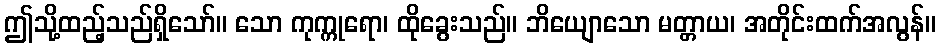
ဤသို့ထည့်သည်ရှိသော်။ သော ကုက္ကုရော၊ ထိုခွေးသည်။ ဘိယျောသော မတ္တာယ၊ အတိုင်းထက်အလွန်။